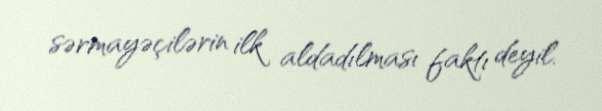
sərmayəçilərin ilk aldadılması faktı deyil.